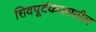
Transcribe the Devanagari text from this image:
शिवपूर्वकालातील